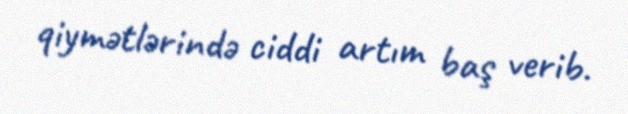
qiymətlərində ciddi artım baş verib.